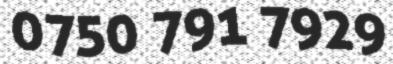
0750 791 7929